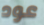
عود